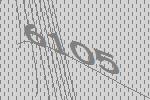
6105